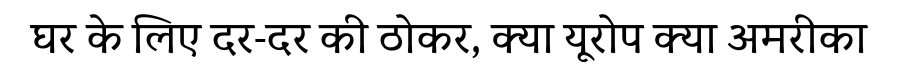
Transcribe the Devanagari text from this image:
घर के लिए दर-दर की ठोकर, क्या यूरोप क्या अमरीका